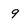
Character: 9